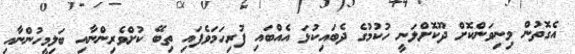
އެގޮތުން މިނިވަންކޮށް ދޫކޮށްލަނީ ހުކުމުގެ ދެބައިކުޅަ އެއްބައި ފުރިހަމަވެފައި ތިބޭ ކުށްވެރިންނާއި ބަލިމީހުންނާއި